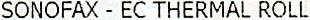
SONOFAX - EC THERMAL ROLL